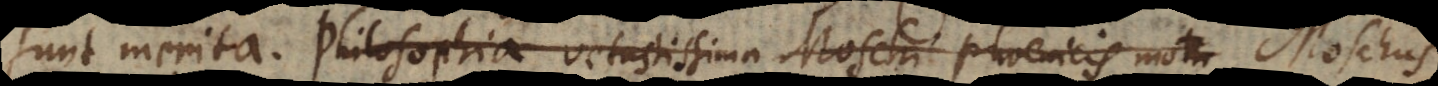
sunt merita. Philosophia vetustissima Moschi Phoenicis motu Moschus